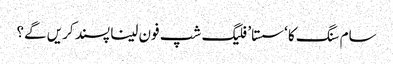
سام سنگ کا ‘سستا’ فلیگ شپ فون لینا پسند کریں گے؟